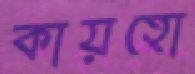
কায়হো